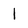
Character: 1